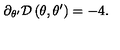
\partial _ { \theta ^ { \prime } } \mathcal { D } \left( \theta , \theta ^ { \prime } \right) = - 4 .